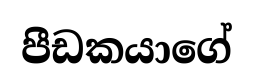
පීඩකයාගේ